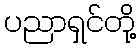
ပညာရှင်တို့